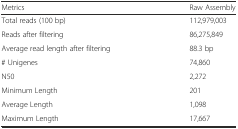
| Metrics | Raw Assembly |
 | --- | --- |
 | Total reads (100 bp) | 112,979,003 |
 | Reads after filtering | 86,275,849 |
 | Average read length after filtering | 88.3 bp |
 | # Unigenes | 74,860 |
 | N50 | 2,272 |
 | Minimum Length | 201 |
 | Average Length | 1,098 |
 | Maximum Length | 17,667 |